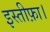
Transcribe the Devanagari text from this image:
इस्तीफ़ा।